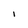
Character: I